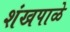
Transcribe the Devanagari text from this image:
शंखपाळे